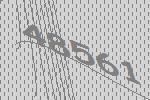
48561